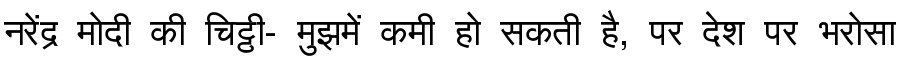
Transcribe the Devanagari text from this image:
नरेंद्र मोदी की चिट्ठी- मुझमें कमी हो सकती है, पर देश पर भरोसा